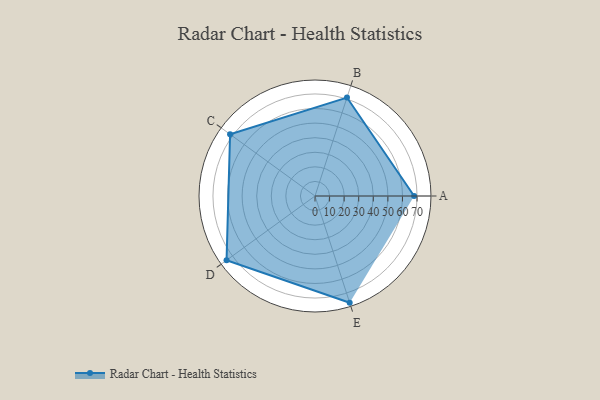
{"axis": {"x": "Skill", "y": "Score"}, "legend": ["Profile"], "data": [{"x": "A", "y": 68.0, "type": "Profile"}, {"x": "B", "y": 71.0, "type": "Profile"}, {"x": "C", "y": 72.0, "type": "Profile"}, {"x": "D", "y": 75.0, "type": "Profile"}, {"x": "E", "y": 77.0, "type": "Profile"}]}